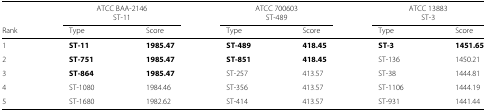
<table><thead><tr><td></td><td colspan="2"><b>ATCC BAA-2146</b></td><td colspan="2"><b>ATCC 700603</b></td><td colspan="2"><b>ATCC 13883</b></td></tr><tr><td></td><td colspan="2"><b>ST-11</b></td><td colspan="2"><b>ST-489</b></td><td colspan="2"><b>ST-3</b></td></tr><tr><td><b>Rank</b></td><td><b>Type</b></td><td><b>Score</b></td><td><b>Type</b></td><td><b>Score</b></td><td><b>Type</b></td><td><b>Score</b></td></tr></thead><tbody><tr><td>1</td><td><b>ST-11</b></td><td><b>1985.47</b></td><td><b>ST-489</b></td><td><b>418.45</b></td><td><b>ST-3</b></td><td><b>1451.65</b></td></tr><tr><td>2</td><td><b>ST-751</b></td><td><b>1985.47</b></td><td><b>ST-851</b></td><td><b>418.45</b></td><td>ST-136</td><td>1450.21</td></tr><tr><td>3</td><td><b>ST-864</b></td><td><b>1985.47</b></td><td>ST-257</td><td>413.57</td><td>ST-38</td><td>1444.81</td></tr><tr><td>4</td><td>ST-1080</td><td>1984.46</td><td>ST-356</td><td>413.57</td><td>ST-1106</td><td>1444.19</td></tr><tr><td>5</td><td>ST-1680</td><td>1982.62</td><td>ST-414</td><td>413.57</td><td>ST-931</td><td>1441.44</td></tr></tbody></table>